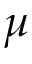
\mu